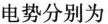
电势分别为